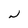
Character: N